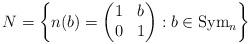
LaTeX: \begin{align*}N =\left\{ n(b) = \begin{pmatrix} 1 & b \\ 0 & 1 \end{pmatrix} : b \in \mathrm{Sym}_n \right\}\end{align*}